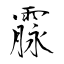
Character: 霡